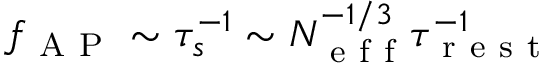
f _ { \mathrm { ~ A ~ P ~ } } \sim \tau _ { s } ^ { - 1 } \sim N _ { \mathrm { ~ e ~ f ~ f ~ } } ^ { - 1 / 3 } \tau _ { \mathrm { ~ r ~ e ~ s ~ t ~ } } ^ { - 1 }